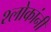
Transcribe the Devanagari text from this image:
श्लोकांनी